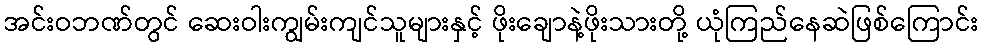
အင်းဝဘဏ်တွင် ဆေးဝါးကျွမ်းကျင်သူများနှင့် ဖိုးချောနဲ့ဖိုးသားတို့ ယုံကြည်နေဆဲဖြစ်ကြောင်း